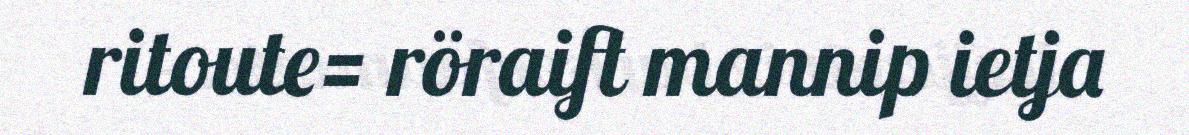
ritoute= röraift mannip ietja